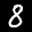
Label: 8